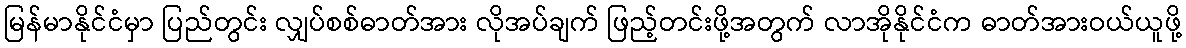
မြန်မာနိုင်ငံမှာ ပြည်တွင်း လျှပ်စစ်ဓာတ်အား လိုအပ်ချက် ဖြည့်တင်းဖို့အတွက် လာအိုနိုင်ငံက ဓာတ်အားဝယ်ယူဖို့